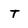
Character: T